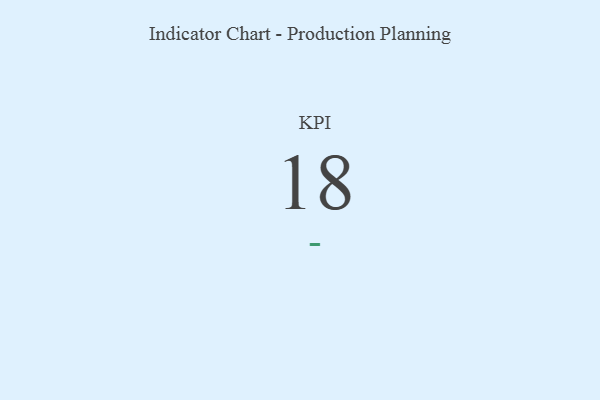
{"axis": {"x": "KPI", "y": "Value"}, "legend": [""], "data": [{"x": "KPI", "y": 18, "type": ""}]}